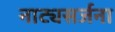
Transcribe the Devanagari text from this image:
नाट्यसर्जना